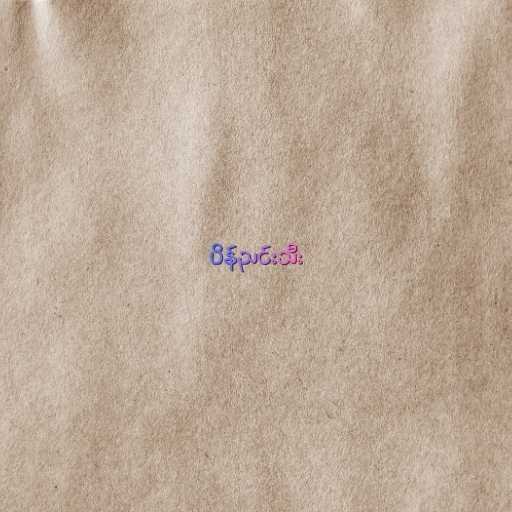
ပိန်ညင်းသီး